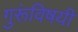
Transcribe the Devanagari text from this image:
गुरूंविषयी